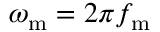
\omega _ { \mathrm { m } } = 2 \pi f _ { \mathrm { m } }